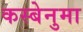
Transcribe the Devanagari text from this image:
कस्बेनुमा